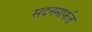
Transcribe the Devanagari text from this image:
सदनमार्फत